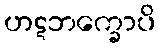
ဟဋဘက္ခောပိ